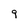
Character: 9